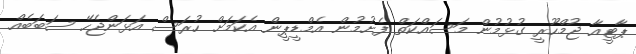
ޕާޓީއާ ޖުމްހޫރީ ގުޅުމުން މަސައްކަތް ފެށުމުން އެމްޑީޕީން އެކަމަށް ހުރަސް އަޅަންޖެހޭ ސަބަބެއް